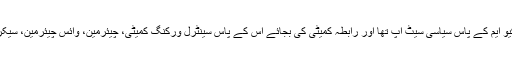
سن 1984ء سے 1992ء تک ایم کیو ایم کے پاس سیاسی سیٹ اپ تھا اور رابطہ کمیٹی کی بجائے اس کے پاس سینٹرل ورکنگ کمیٹی، چیئرمین، وائس چیئرمین، سیکریٹری جنرل اور دیگر عہدیدار تھے۔